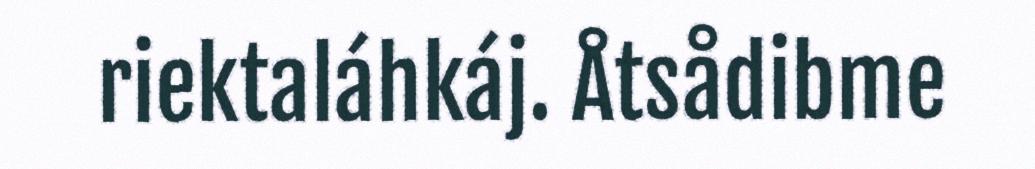
riektaláhkáj. Åtsådibme